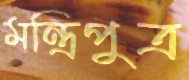
মন্ত্রিপুত্র